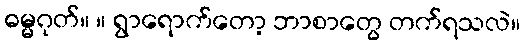
ဓမ္မဂုတ်။ ။ ရွာရောက်တော့ ဘာစာတွေ တက်ရသလဲ။